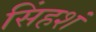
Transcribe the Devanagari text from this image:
सिंहशं